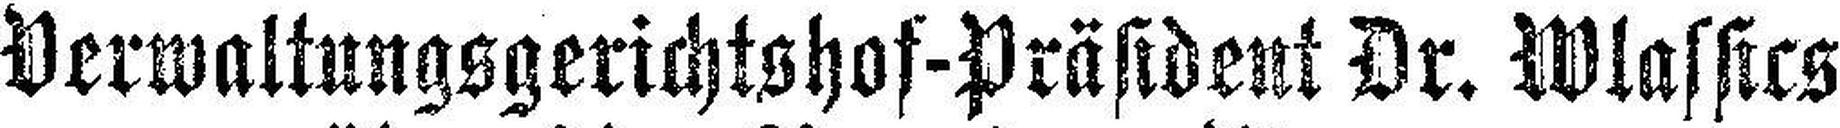
Verwaltungsgerichtshof-Präsident Dr. Wlassics